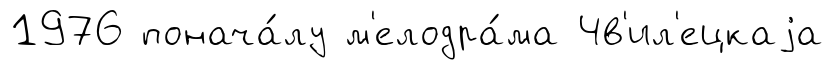
1976 понача́лу м'елодра́ма Чв'ил'ецкаjа